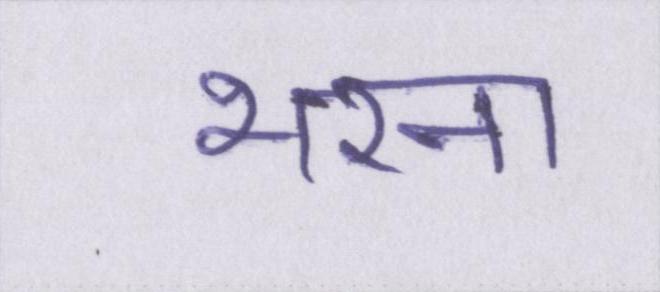
भरना